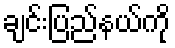
ချင်းပြည်နယ်ကို